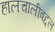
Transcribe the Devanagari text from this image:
हालचालीबद्दल